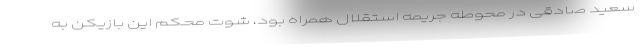
سعید صادقی در محوطه جریمه استقلال همراه بود، شوت محکم این بازیکن به